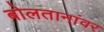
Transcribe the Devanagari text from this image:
बोलतानांवर